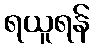
ရယူရန်